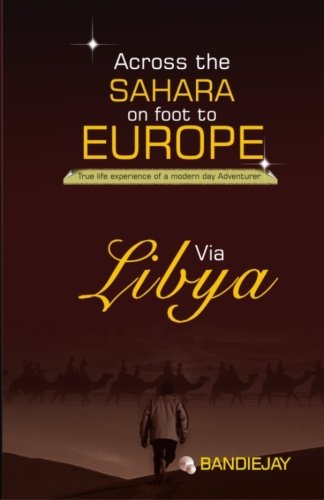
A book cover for Across the sahara on  foot to Europe via Libya; Bandiejay; Travel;